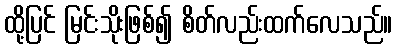
ထို့ပြင် မြင်းသိုးဖြစ်၍ စိတ်လည်းထက်လေသည်။